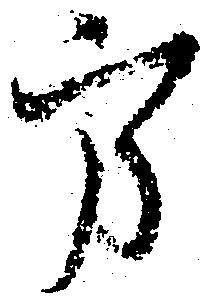
方